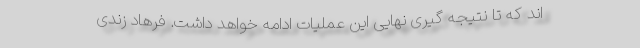
اند که تا نتیجه گیری نهایی این عملیات ادامه خواهد داشت. فرهاد زندی